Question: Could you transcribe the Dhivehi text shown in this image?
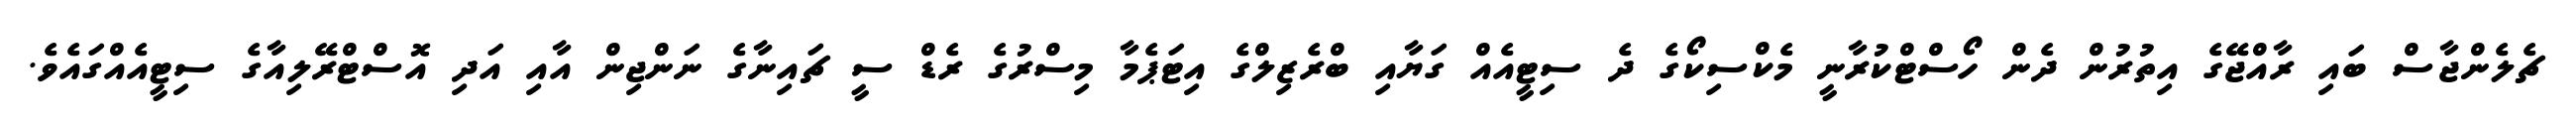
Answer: ޗެލެންޖާސް ބައި ރާއްޖޭގެ އިތުރުން ދެން ހޯސްޓްކުރާނީ މެކްސިކޯގެ ދެ ސިޓީއެއް ގަޔާއި ބްރެޒިލްގެ އިޓަޕެމާ މިސްރުގެ ރެޑް ސީ ޗައިނާގެ ނަންޖިން އާއި އަދި އޮސްޓްރޭލިއާގެ ސިޓީއެއްގައެވެ.